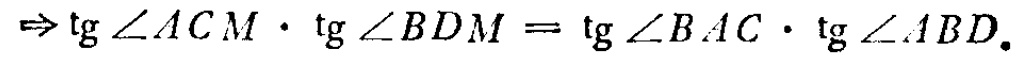
\(\Rightarrow \tg\angle ACM\cdot \tg\angle BDM=\tg\angle BAC\cdot \tg\angle ABD.\)